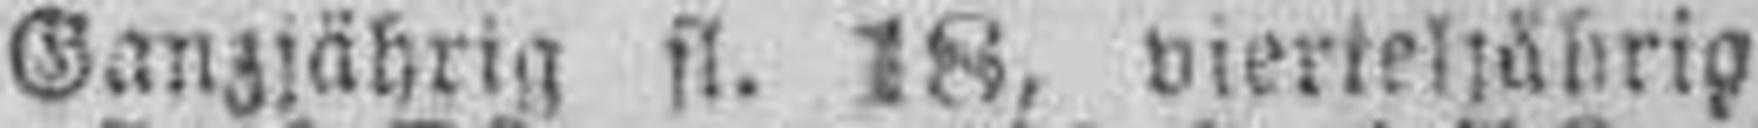
Ganzjährig fl. 18, vierteljährig